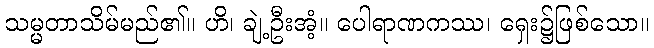
သမ္မတာသိမ်မည်၏။ ဟိ၊ ချဲ့ဦးအံ့။ ပေါရာဏကဿ၊ ရှေး၌ဖြစ်သော။